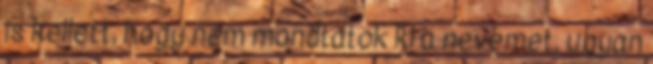
is kellett, hogy nem mondtátok ki a nevemet, ugyan